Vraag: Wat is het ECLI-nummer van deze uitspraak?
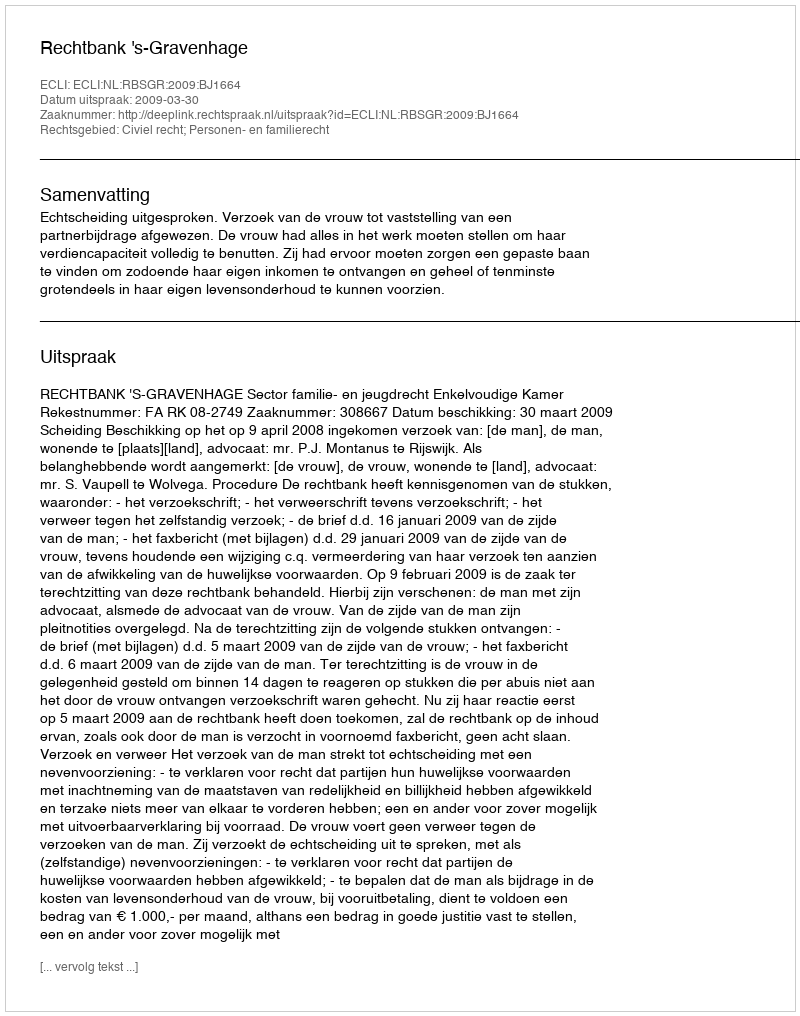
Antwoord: ECLI:NL:RBSGR:2009:BJ1664